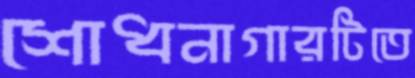
শোধনাগারটিতে